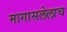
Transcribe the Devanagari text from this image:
मागासलेलाच